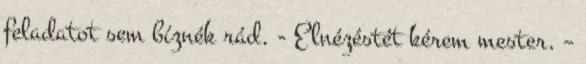
feladatot sem bíznék rád. - Elnézéstét kérem mester. –